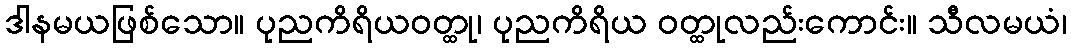
ဒါနမယဖြစ်သော။ ပုညကိရိယဝတ္ထု၊ ပုညကိရိယ ဝတ္ထုလည်းကောင်း။ သီလမယံ၊